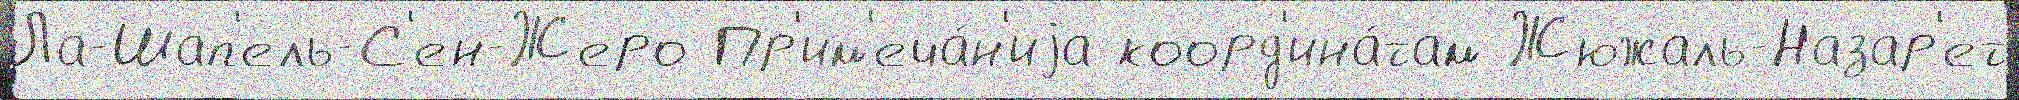
Ла-Шап'ель-С'ен-Жеро Пр'им'еча́н'иjа коорд'ина́там Жюжаль-Назар'ет